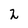
Character: 2